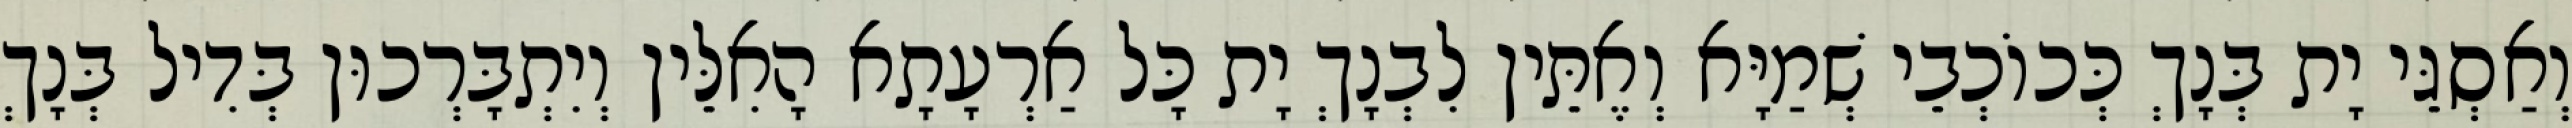
וְאַסְגֵּי יָת בְּנָךְ כְּכוֹכְבֵי שְׁמַיָּא וְאֶתֵּין לִבְנָךְ יָת כָּל אַרְעָתָא הָאִלֵּין וְיִתְבָּרְכוּן בְּדִיל בְּנָךְ